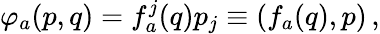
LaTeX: \varphi_{a}(p,q)=f_{a}^{j}(q)p_{j}\equiv(f_{a}(q),p)\, ,